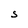
Character: S